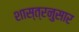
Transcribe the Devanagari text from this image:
शास्त्रनुसार